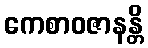
ကေစာဝဇာနန္တိ